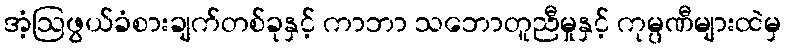
အံ့ဩဖွယ်ခံစားချက်တစ်ခုနှင့် ကာဘာ သဘောတူညီမှုနှင့် ကုမ္ပဏီများထဲမှ